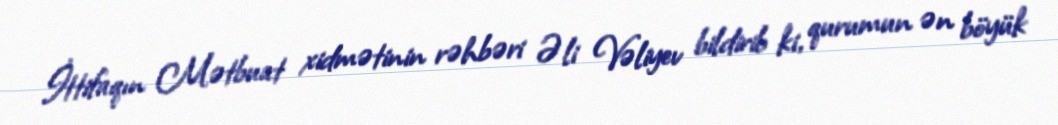
İttifaqın Mətbuat xidmətinin rəhbəri Əli Vəliyev bildirib ki, qurumun ən böyük